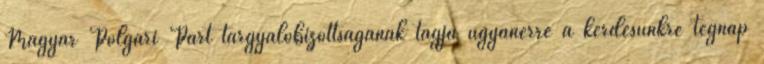
Magyar Polgári Párt tárgyalóbizottságának tagja ugyanerre a kérdésünkre tegnap